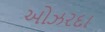
ઓઝરદા